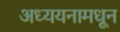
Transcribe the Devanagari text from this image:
अध्ययनामधून